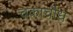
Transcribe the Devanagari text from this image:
चकाचौधं